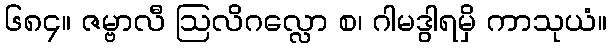
၆၈၄။ ဇမ္ဗာလီ ဩလိဂလ္လော စ၊ ဂါမဒွါရမှိ ကာသုယံ။